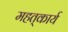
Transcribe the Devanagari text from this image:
महत्‌कार्य